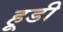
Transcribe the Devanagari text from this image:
हूडी